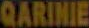
QARINIE